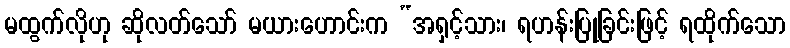
မထွက်လိုဟု ဆိုလတ်သော် မယားဟောင်းက “အရှင့်သား၊ ရဟန်းပြုခြင်းဖြင့် ရထိုက်သော